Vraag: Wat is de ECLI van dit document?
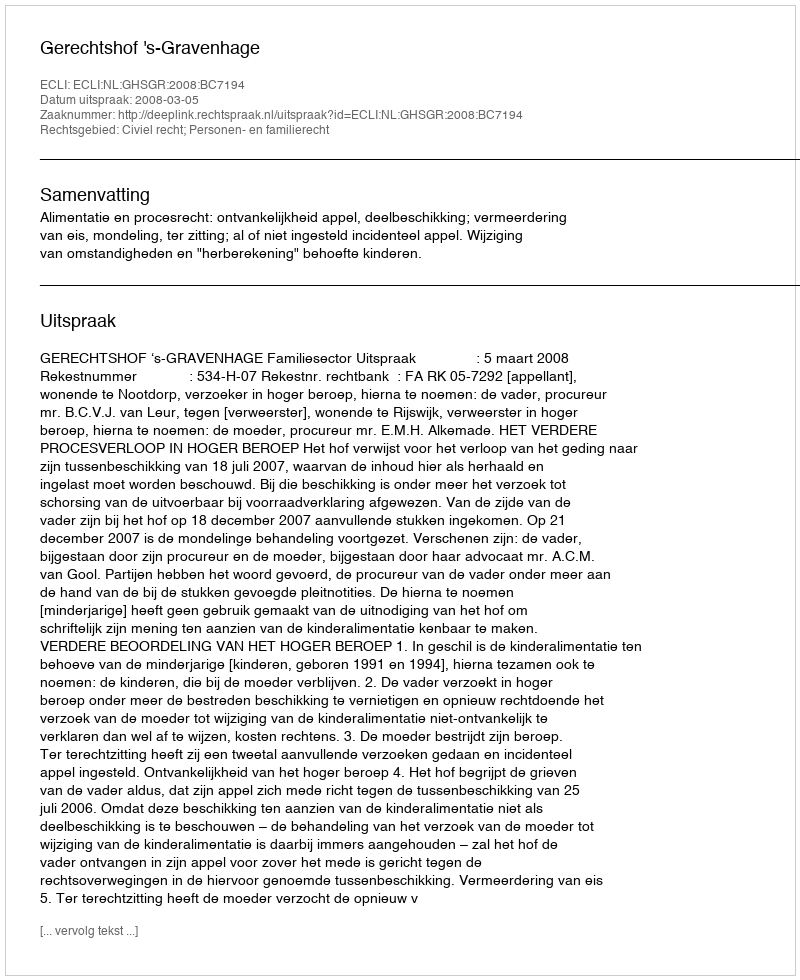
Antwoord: ECLI:NL:GHSGR:2008:BC7194